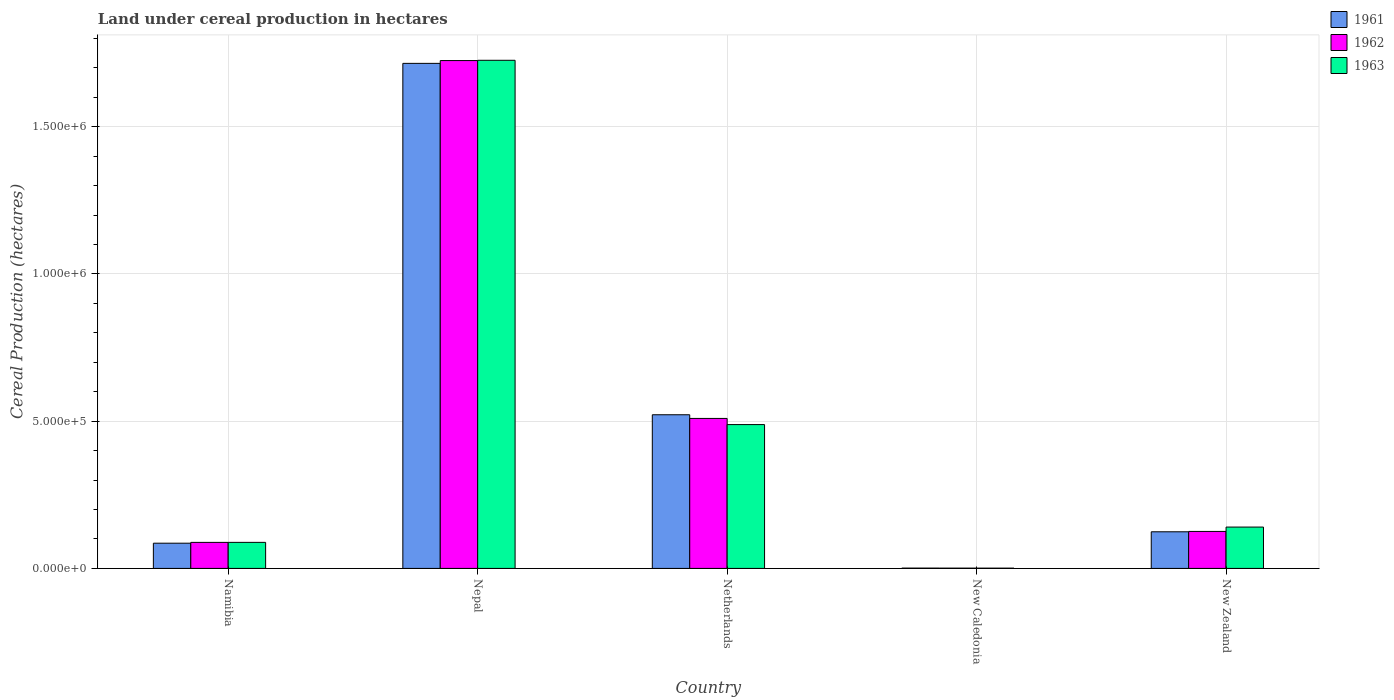
| Country | 1961 | 1962 | 1963 |
 | --- | --- | --- | --- |
 | Namibia | 8.56e+04 | 8.84e+04 | 8.84e+04 |
 | Nepal | 1.72e+06 | 1.72e+06 | 1.73e+06 |
 | Netherlands | 5.22e+05 | 5.09e+05 | 4.88e+05 |
 | New Caledonia | 1.05e+03 | 950 | 900 |
 | New Zealand | 1.24e+05 | 1.26e+05 | 1.4e+05 |